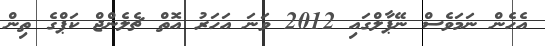
އެހެން ނަމަވެސް ނޭޕާލްގައި 2012 ވަނަ އަހަރު އޮތް ޗެލެންޖް ކަޕްގެ ތިން